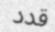
قدد